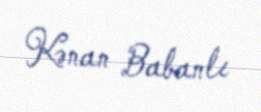
Kənan Babanlı